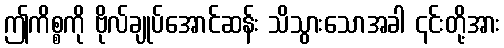
ဤကိစ္စကို ဗိုလ်ချုပ်အောင်ဆန်း သိသွားသောအခါ ၎င်းတို့အား